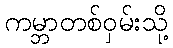
ကမ္ဘာတစ်ဝှမ်းသို့